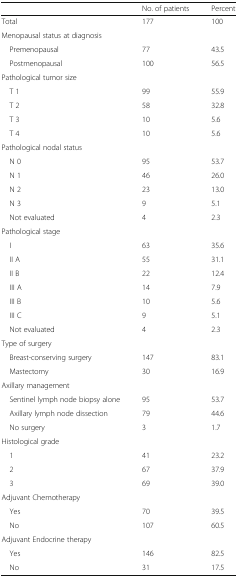
<table><thead><tr><td></td><td><b>No. of patients</b></td><td><b>Percent</b></td></tr></thead><tbody><tr><td>Total</td><td>177</td><td>100</td></tr><tr><td colspan="3">Menopausal status at diagnosis</td></tr><tr><td> Premenopausal</td><td>77</td><td>43.5</td></tr><tr><td> Postmenopausal</td><td>100</td><td>56.5</td></tr><tr><td colspan="3">Pathological tumor size</td></tr><tr><td> T 1</td><td>99</td><td>55.9</td></tr><tr><td> T 2</td><td>58</td><td>32.8</td></tr><tr><td> T 3</td><td>10</td><td>5.6</td></tr><tr><td> T 4</td><td>10</td><td>5.6</td></tr><tr><td colspan="3">Pathological nodal status</td></tr><tr><td> N 0</td><td>95</td><td>53.7</td></tr><tr><td> N 1</td><td>46</td><td>26.0</td></tr><tr><td> N 2</td><td>23</td><td>13.0</td></tr><tr><td> N 3</td><td>9</td><td>5.1</td></tr><tr><td> Not evaluated</td><td>4</td><td>2.3</td></tr><tr><td colspan="3">Pathological stage</td></tr><tr><td> I</td><td>63</td><td>35.6</td></tr><tr><td> II A</td><td>55</td><td>31.1</td></tr><tr><td> II B</td><td>22</td><td>12.4</td></tr><tr><td> III A</td><td>14</td><td>7.9</td></tr><tr><td> III B</td><td>10</td><td>5.6</td></tr><tr><td> III C</td><td>9</td><td>5.1</td></tr><tr><td> Not evaluated</td><td>4</td><td>2.3</td></tr><tr><td colspan="3">Type of surgery</td></tr><tr><td> Breast-conserving surgery</td><td>147</td><td>83.1</td></tr><tr><td> Mastectomy</td><td>30</td><td>16.9</td></tr><tr><td colspan="3">Axillary management</td></tr><tr><td> Sentinel lymph node biopsy alone</td><td>95</td><td>53.7</td></tr><tr><td> Axillary lymph node dissection</td><td>79</td><td>44.6</td></tr><tr><td> No surgery</td><td>3</td><td>1.7</td></tr><tr><td colspan="3">Histological grade</td></tr><tr><td> 1</td><td>41</td><td>23.2</td></tr><tr><td> 2</td><td>67</td><td>37.9</td></tr><tr><td> 3</td><td>69</td><td>39.0</td></tr><tr><td colspan="3">Adjuvant Chemotherapy</td></tr><tr><td> Yes</td><td>70</td><td>39.5</td></tr><tr><td> No</td><td>107</td><td>60.5</td></tr><tr><td colspan="3">Adjuvant Endocrine therapy</td></tr><tr><td> Yes</td><td>146</td><td>82.5</td></tr><tr><td> No</td><td>31</td><td>17.5</td></tr></tbody></table>